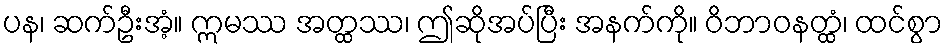
ပန၊ ဆက်ဦးအံ့။ ဣမဿ အတ္ထဿ၊ ဤဆိုအပ်ပြီး အနက်ကို။ ဝိဘာဝနတ္ထံ၊ ထင်စွာ